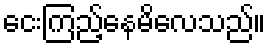
ငေးကြည့်နေမိလေသည်။